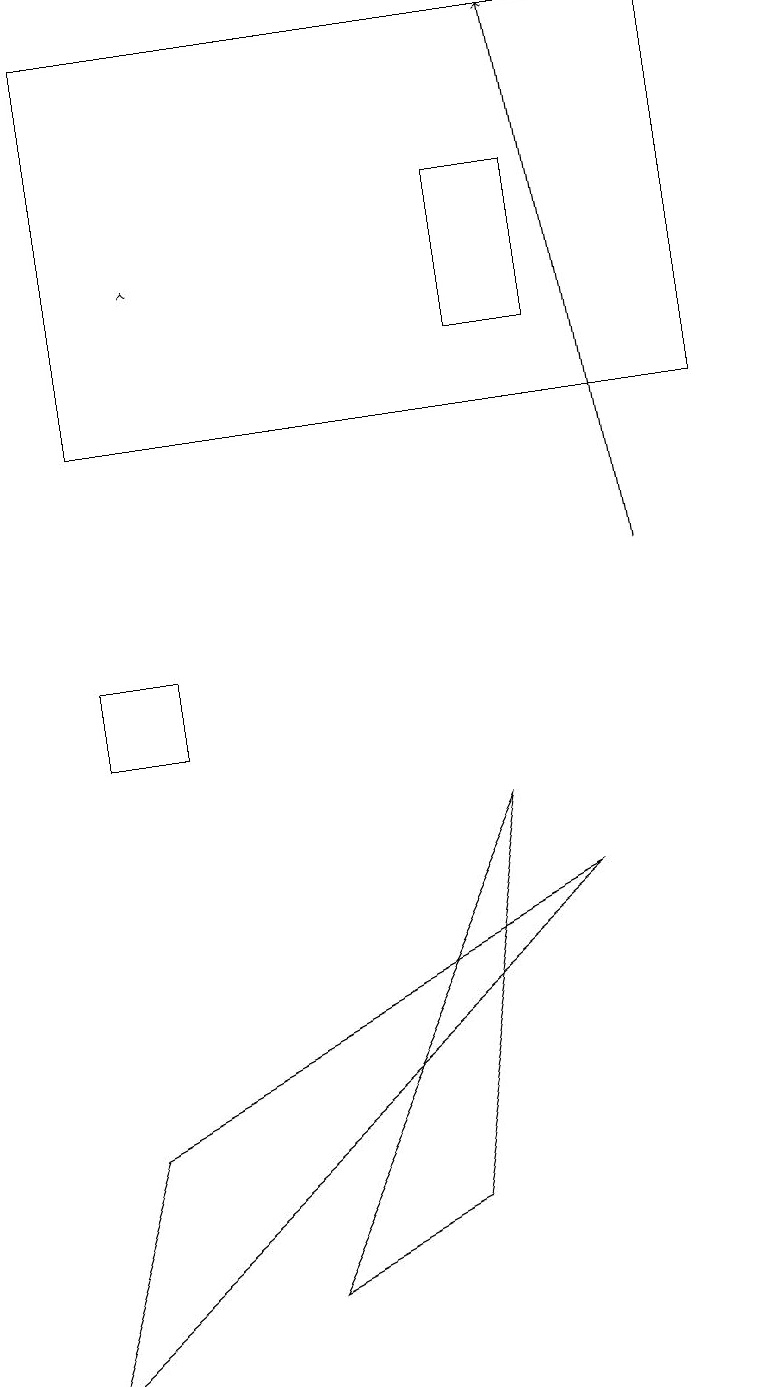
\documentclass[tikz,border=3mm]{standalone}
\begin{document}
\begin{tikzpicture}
\draw[->] (8,12) -- (7,19);
\draw (7,17) rectangle (6,15);
\draw (5,4) -- (6,9) -- (3,3) -- cycle;
\draw (1,5) -- (7,8) -- (0,2) -- cycle;
\draw[->] (2,16) -- (2,16);
\draw (1,14) rectangle (9,19);
\draw (1,11) rectangle (2,10);
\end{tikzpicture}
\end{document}